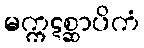
မက္ကဋစ္ဆာပိကံ